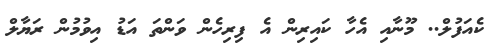
ކެއަފުލް.. މޫނާއި އެހާ ކައިރިން އެ ފިރިހެން ވަންތަ އަޑު އިވުމުން ރަޔާލް